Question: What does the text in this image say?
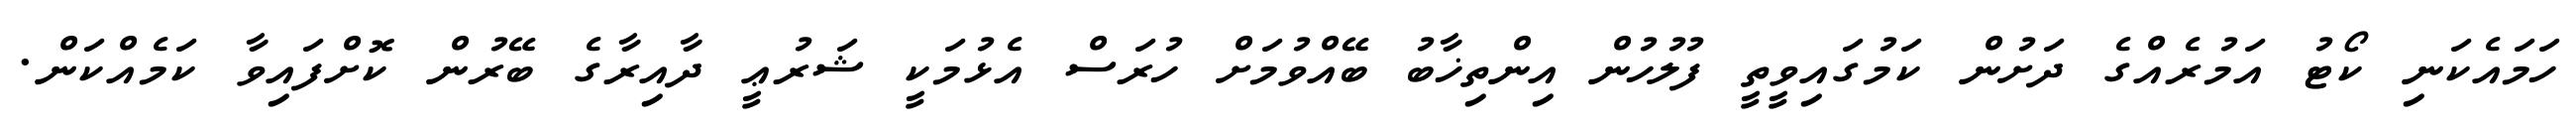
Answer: ހަމައެކަނި ކޯޓު އަމުރެއްގެ ދަށުން ކަމުގައިވީތީ ފުލުހުން އިންތިޚާބު ބޭއްވުމަށް ހުރަސް އެޅުމަކީ ޝަރުޢީ ދާއިރާގެ ބޭރުން ކޮށްފައިވާ ކަމެއްކަން.